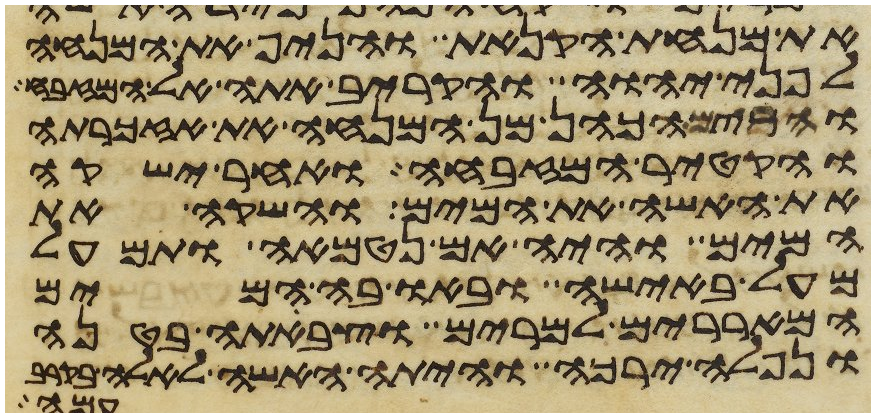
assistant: את מנחת הקנאת והניף את המנחה
לפני יהוה והקריב אתה אל המזבח
והרים הכהן מן המנחה את אזכרתה
והקטיר המזבחה ואחר ישקה
את האשה את המים והשקה את
המים והיה אם נטמאה ותמעל
מעל באישה ובאו בה המים
המאררים למרים וצבתה בטנה
ונפלה ירכה והיתה האשה לאלה